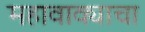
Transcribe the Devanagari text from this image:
महावाक्याचा